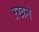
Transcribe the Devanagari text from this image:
ऱखने